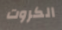
الكروت